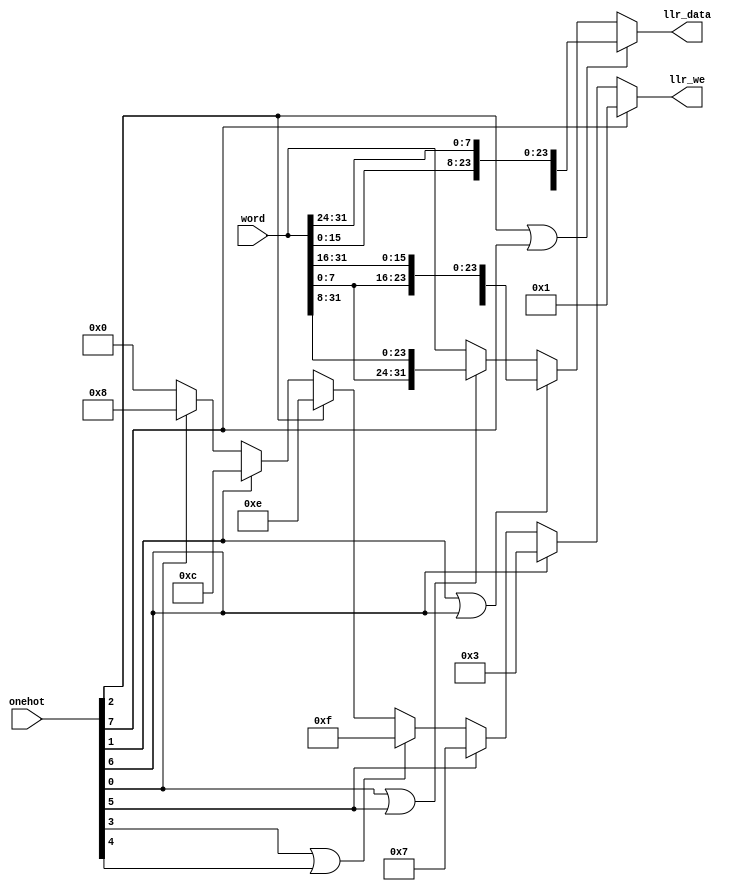
/*====================Ports Declaration====================*/
module llr (
    input wire [31:0] word,
    input wire [7:0] onehot,
    output wire [31:0] llr_data,
    output wire [3:0] llr_we
    );
/*====================Variable Declaration====================*/
/*====================Function Code====================*/
assign llr_data =   (onehot[2]||onehot[7]) ? {word[23:16],word[15:8],word[7:0],word[31:24]} :
                    (onehot[1]||onehot[6]) ? {word[15:0],word[31:16]} : 
                    (onehot[0]||onehot[5]) ? {word[7:0],word[31:24],word[23:16],word[15:8]} : word;
assign llr_we = onehot[7] ? 4'b0001 :
                onehot[6] ? 4'b0011 :
                onehot[5] ? 4'b0111 :
                (onehot[3]||onehot[4]) ? 4'b1111 :
                onehot[2] ? 4'b1110 :
                onehot[1] ? 4'b1100 :
                onehot[0] ? 4'b1000 : 4'b0;  
endmodule